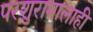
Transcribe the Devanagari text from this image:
परशुरामालाही